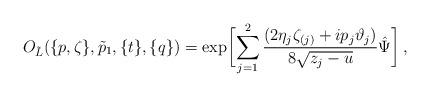
LaTeX: \begin{align*}O_{\tilde L}(\{p,\zeta\},\tilde p_1,\{t\},\{q\})=\exp\biggl[\sum_{j=1}^2\frac{(2\eta_j\zeta_{(j)}+ip_j\vartheta_j)}{8\sqrt{z_j-u}}\hat\Psi\biggl]\,,\end{align*}